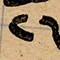
٢٦